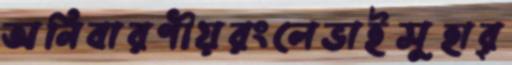
অনিবারণীয়রংলেভাইসুহার্